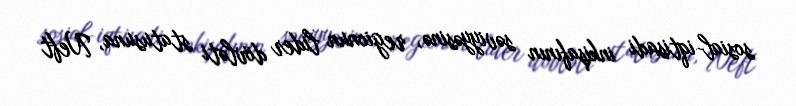
sosial-iqtisadi inkişafının səviyyəsinə, regionun lider dövləti statusuna, Neft